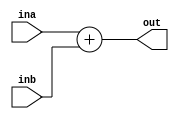
////////////////////////////////////////////ADDER_MODULE//////////////////////////////////////////////////////
module adder(input [31:0] ina,inb,
             output reg [31:0] out);
  
  always@(*) begin
    out = ina+inb;
  end

endmodule
//////////////////////////////////////////////////////////////////////////////////////////////////////////////